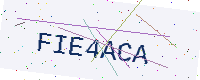
Text: FIE4ACA